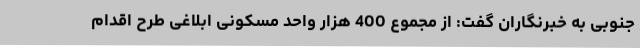
جنوبی به خبرنگاران گفت: از مجموع 400 هزار واحد مسکونی ابلاغی طرح اقدام